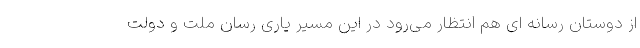
از دوستان رسانه ای هم انتظار می‌رود در این مسیر یاری رسان ملت و دولت